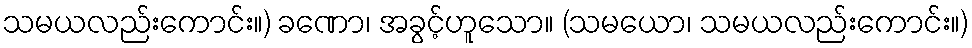
သမယလည်းကောင်း။) ခဏော၊ အခွင့်ဟူသော။ (သမယော၊ သမယလည်းကောင်း။)